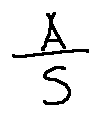
\frac { A } { S }